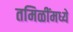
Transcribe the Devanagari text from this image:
तमिळींमध्ये